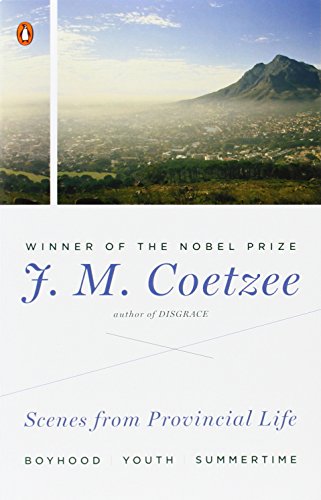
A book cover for Scenes from Provincial Life: Boyhood, Youth, Summertime; J. M. Coetzee; Literature & Fiction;